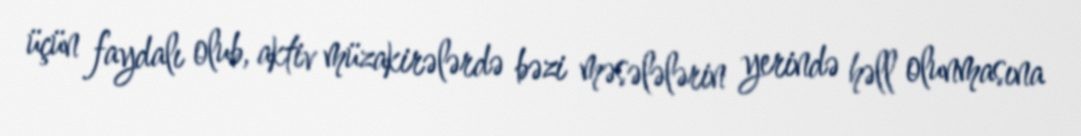
üçün faydalı olub, aktiv müzakirələrdə bəzi məsələlərin yerində həll olunmasına